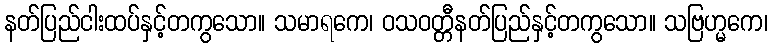
နတ်ပြည်ငါးထပ်နှင့်တကွသော။ သမာရကေ၊ ဝသဝတ္တီနတ်ပြည်နှင့်တကွသော။ သဗြဟ္မကေ၊